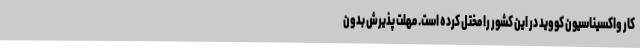
کار واکسیناسیون کووید در این کشور را مختل کرده است. مهلت پذیرش بدون